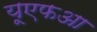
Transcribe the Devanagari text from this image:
यूएफआ